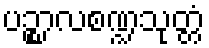
ပဉ္စာလစဏ္ဍသုတ္တံ